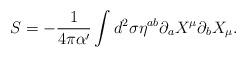
LaTeX: \begin{align*}S =-\frac{1}{4 \pi \alpha'} \int d^2 \sigma \eta^{ab} \partial_a X^\mu \partial_b X_\mu.\end{align*}